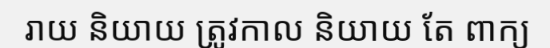
រាយ និយាយ ត្រូវកាល និយាយ តែ ពាក្យ